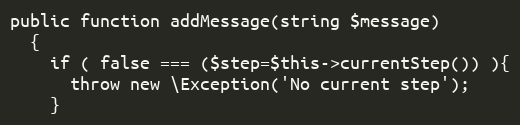
Language: PHP
public function addMessage(string $message)
  {
    if ( false === ($step=$this->currentStep()) ){
      throw new \Exception('No current step');
    }